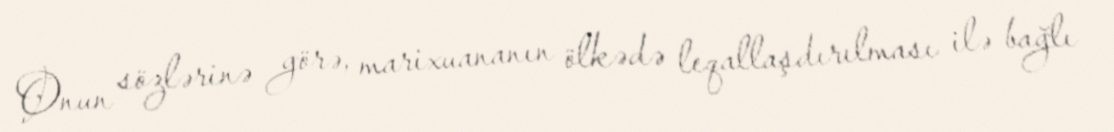
Onun sözlərinə görə, marixuananın ölkədə leqallaşdırılması ilə bağlı